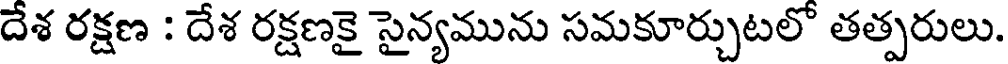
దేశ రక్షణ : దేశ రక్షణకై సైన్యమును సమకూర్చుటలో తత్పరులు.